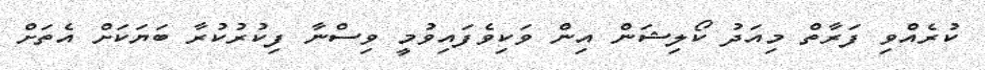
ކުރެއްވި ފަރާތް މިއަދު ކޯލިޝަން އިން ވަކިވެފައިވުމީ ވިސްނާ ފިކުރުކުރާ ބަޔަކަށް އެތަށް